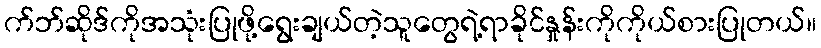
က်ဘ်ဆိုဒ်ကိုအသုံးပြုဖို့ရွေးချယ်တဲ့သူတွေရဲ့ရာခိုင်နှုန်းကိုကိုယ်စားပြုတယ်။